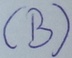
Text: (B)